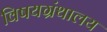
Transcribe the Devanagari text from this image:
विषयग्रंथालय